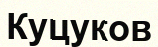
Куцуков